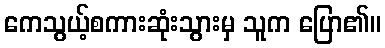
ကေသွယ့်စကားဆုံးသွားမှ သူက ပြော၏။